Indian journal of veterinary science and animal husbandry - Volume 10,
Year: 1940
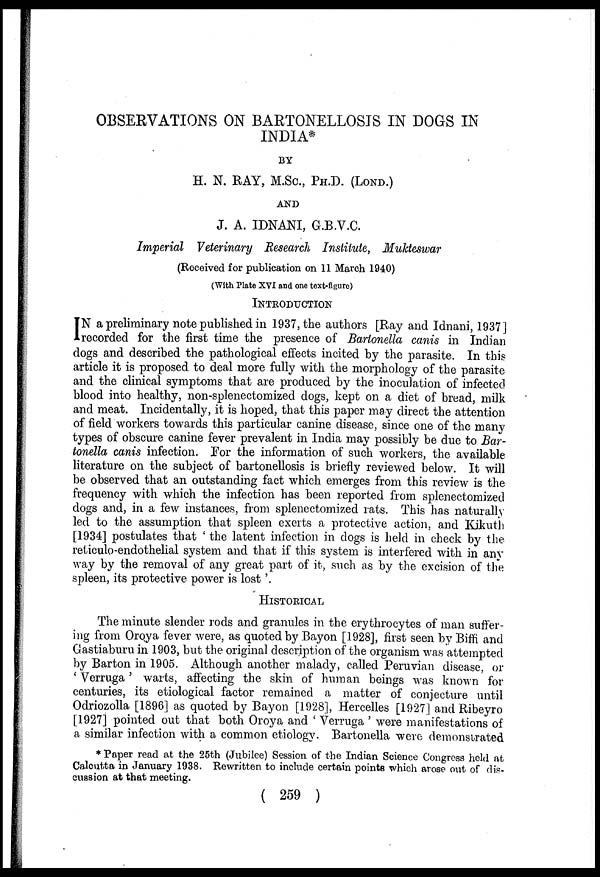
OBSERVATIONS ON BARTONELLOSIS IN DOGS IN
INDIA*
BY
H. N. RAY, M.Sc., PH.D. (LOND.)
AND
J. A. IDNANI, G.B.V.C.
Imperial Veterinary Research Institute, Mukteswar
(Received for publication on 11 March 1940)
(With Plate XVI and one text-figure)
INTRODUCTION
I N a preliminary note published in 1937, the authors [Ray and Idnani, 1937]
recorded for the first time the presence of Bartonella canis in Indian
dogs and described the pathological effects incited by the parasite. In this
article it is proposed to deal more fully with the morphology of the parasite
and the clinical symptoms that are produced by the inoculation of infected
blood into healthy, non-splenectomized dogs, kept on a diet of bread, milk
and meat. Incidentally, it is hoped, that this paper may direct the attention
of field workers towards this particular canine disease, since one of the many
types of obscure canine fever prevalent in India may possibly be due to Bar-
tonella canis infection. For the information of such workers, the available
literature on the subject of bartonellosis is briefly reviewed below. It will
be observed that an outstanding fact which emerges from this review is the
frequency with which the infection has been reported from splenectomized
dogs and, in a few instances, from splenectomized rats. This has naturally
led to the assumption that spleen exerts a protective action, and Kikuth
[1934] postulates that ' the latent infection in dogs is held in check by the
reticulo-endothelial system and that if this system is interfered with in any
way by the removal of any great part of it, such as by the excision of the
spleen, its protective power is lost'.
HlSTORICAL
The minute slender rods and granules in the erythrocytes of man suffer-
ing from Oroya fever were, as quoted by Bayon [1928], first seen by Biffi and
Gastiaburu in 1903, but the original description of the organism was attempted
by Barton in 1905. Although another malady, called Peruvian disease, or
' Verruga' warts, affecting the skin of human beings was known for
centuries, its etiological factor remained a matter of conjecture until
Odriozolla [1896] as quoted by Bayon [1928], Hercelles [1927] and Ribeyro
[1927] pointed out that both Oroya and ' Verruga ' were manifestations of
a similar infection with a common etiology. Bartonella were demonstrated
* Paper read at the 25th (Jubilee) Session of the Indian Science Congress held at
Calcutta in January 1938. Rewritten to include certain points which arose out of dis-
cussion at that meeting.
( 259 )